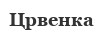
Црвенка